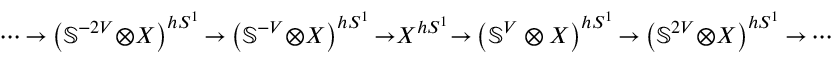
\cdots { \to } \left( \mathbb { S } ^ { - 2 V } { \otimes } X \right) ^ { h S ^ { 1 } } { \to } \left( \mathbb { S } ^ { - V } { \otimes } X \right) ^ { h S ^ { 1 } } { \to } X ^ { h S ^ { 1 } } { \to } \left( \mathbb { S } ^ { V } \otimes X \right) ^ { h S ^ { 1 } } { \to } \left( \mathbb { S } ^ { 2 V } { \otimes } X \right) ^ { h S ^ { 1 } } { \to } \cdots